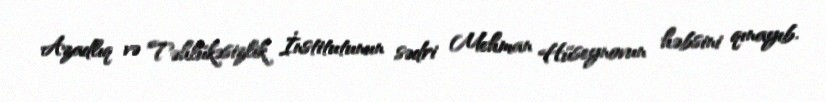
Azadlıq və Təhlükəsizlik İnstitutunun sədri Mehman Hüseynovun həbsini qınayıb.